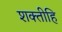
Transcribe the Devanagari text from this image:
शक्तीहि